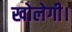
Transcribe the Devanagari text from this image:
खोलेगी।